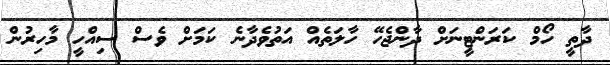
ދާތީ ހޯމް ކަރަންޓީނަށް ދާންޖެހޭ ހާލަތެއް އަތުވެދާނެ ކަމަށް ވެސް ސިއްހީ މާހިރުން